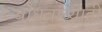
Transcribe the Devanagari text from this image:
बांधवांच्याही